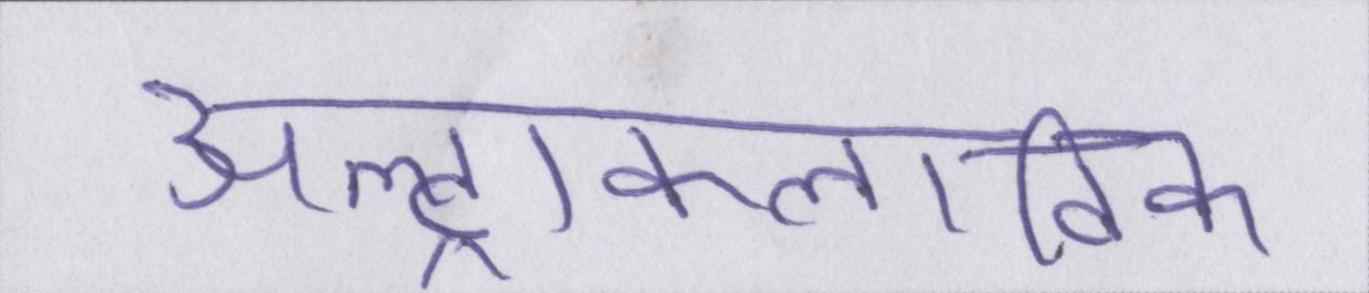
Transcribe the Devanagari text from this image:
अल्ट्राक्लाविक